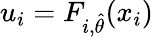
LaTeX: u_{i}=F_{i,\hat{\theta}}(x_{i})